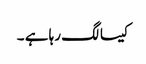
کیسا لگ رہا ہے ۔